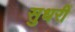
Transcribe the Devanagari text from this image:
सुधरीं